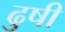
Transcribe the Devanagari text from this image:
ढुषी